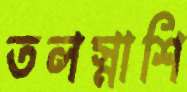
তলস্নাশি